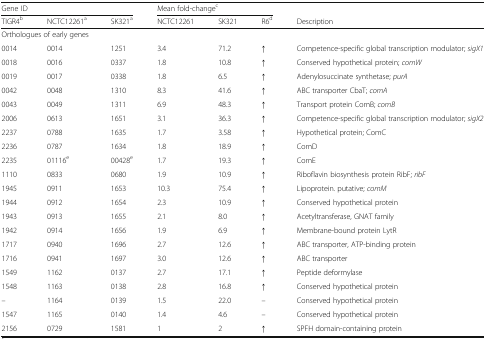
<table><thead><tr><td colspan="3"><b>Gene ID</b></td><td colspan="3"><b>Mean fold-change<sup>c</sup></b></td><td></td></tr><tr><td><b>TIGR4<sup>b</sup></b></td><td><b>NCTC12261<sup>a</sup></b></td><td><b>SK321<sup>a</sup></b></td><td><b>NCTC12261</b></td><td><b>SK321</b></td><td><b>R6<sup>d</sup></b></td><td><b>Description</b></td></tr></thead><tbody><tr><td colspan="7">Orthologues of early genes</td></tr><tr><td>0014</td><td>0014</td><td>1251</td><td>3.4</td><td>71.2</td><td>↑</td><td>Competence-specific global transcription modulator; <i>sigX1</i></td></tr><tr><td>0018</td><td>0016</td><td>0337</td><td>1.8</td><td>10.8</td><td>↑</td><td>Conserved hypothetical protein; <i>comW</i></td></tr><tr><td>0019</td><td>0017</td><td>0338</td><td>1.8</td><td>6.5</td><td>↑</td><td>Adenylosuccinate synthetase; <i>purA</i></td></tr><tr><td>0042</td><td>0048</td><td>1310</td><td>8.3</td><td>41.6</td><td>↑</td><td>ABC transporter CbaT; <i>comA</i></td></tr><tr><td>0043</td><td>0049</td><td>1311</td><td>6.9</td><td>48.3</td><td>↑</td><td>Transport protein ComB; <i>comB</i></td></tr><tr><td>2006</td><td>0613</td><td>1651</td><td>3.1</td><td>36.3</td><td>↑</td><td>Competence-specific global transcription modulator; <i>sigX2</i></td></tr><tr><td>2237</td><td>0788</td><td>1635</td><td>1.7</td><td>3.58</td><td>↑</td><td>Hypothetical protein; ComC</td></tr><tr><td>2236</td><td>0787</td><td>1634</td><td>1.8</td><td>18.9</td><td>↑</td><td>ComD</td></tr><tr><td>2235</td><td>01116<sup>e</sup></td><td>00428<sup>e</sup></td><td>1.7</td><td>19.3</td><td>↑</td><td>ComE</td></tr><tr><td>1110</td><td>0833</td><td>0680</td><td>1.9</td><td>10.9</td><td>↑</td><td>Riboflavin biosynthesis protein RibF; <i>ribF</i></td></tr><tr><td>1945</td><td>0911</td><td>1653</td><td>10.3</td><td>75.4</td><td>↑</td><td>Lipoprotein. putative; <i>comM</i></td></tr><tr><td>1944</td><td>0912</td><td>1654</td><td>2.3</td><td>10.9</td><td>↑</td><td>Conserved hypothetical protein</td></tr><tr><td>1943</td><td>0913</td><td>1655</td><td>2.1</td><td>8.0</td><td>↑</td><td>Acetyltransferase, GNAT family</td></tr><tr><td>1942</td><td>0914</td><td>1656</td><td>1.9</td><td>6.9</td><td>↑</td><td>Membrane-bound protein LytR</td></tr><tr><td>1717</td><td>0940</td><td>1696</td><td>2.7</td><td>12.6</td><td>↑</td><td>ABC transporter, ATP-binding protein</td></tr><tr><td>1716</td><td>0941</td><td>1697</td><td>3.0</td><td>12.6</td><td>↑</td><td>ABC transporter</td></tr><tr><td>1549</td><td>1162</td><td>0137</td><td>2.7</td><td>17.1</td><td>↑</td><td>Peptide deformylase</td></tr><tr><td>1548</td><td>1163</td><td>0138</td><td>2.8</td><td>16.8</td><td>↑</td><td>Conserved hypothetical protein</td></tr><tr><td>–</td><td>1164</td><td>0139</td><td>1.5</td><td>22.0</td><td>–</td><td>Conserved hypothetical protein</td></tr><tr><td>1547</td><td>1165</td><td>0140</td><td>1.4</td><td>4.6</td><td>–</td><td>Conserved hypothetical protein</td></tr><tr><td>2156</td><td>0729</td><td>1581</td><td>1</td><td>2</td><td>↑</td><td>SPFH domain-containing protein</td></tr></tbody></table>